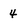
Character: 4